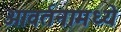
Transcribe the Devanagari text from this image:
आवर्तनामध्ये